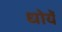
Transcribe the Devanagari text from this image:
धोयें